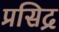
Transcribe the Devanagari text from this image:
प्रसिद्र